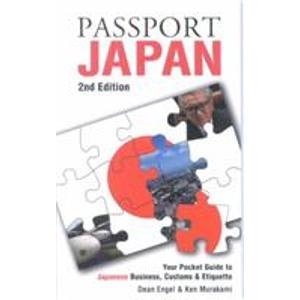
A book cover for Passport Japan: Your Pocket Guide to Japanese Business, Customs & Etiquette (Passport to the World); Dean W. Engel; Travel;